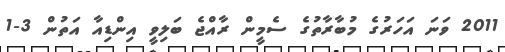
2011 ވަނަ އަހަރުގެ މުބާރާތުގެ ސެމީން ރާއްޖެ ބަލިވީ އިންޑިއާ އަތުން 3-1